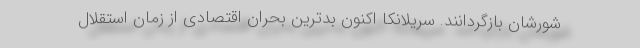
شورشان بازگردانند. سریلانکا اکنون بدترین بحران اقتصادی از زمان استقلال